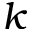
k